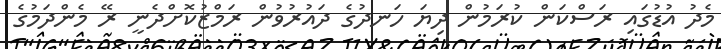
މެދު އުޑުގައި ރަސްކަން ކުރަމުން ދިޔަ ހަނދުގެ ދައުރުވުން ރަމްޒުކޮށްދެނީ ރޭ މެންދަމުގެ